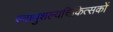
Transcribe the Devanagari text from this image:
स्नायुशल्यचिकित्सकों